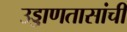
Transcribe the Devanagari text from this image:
उड्डाणतासांची